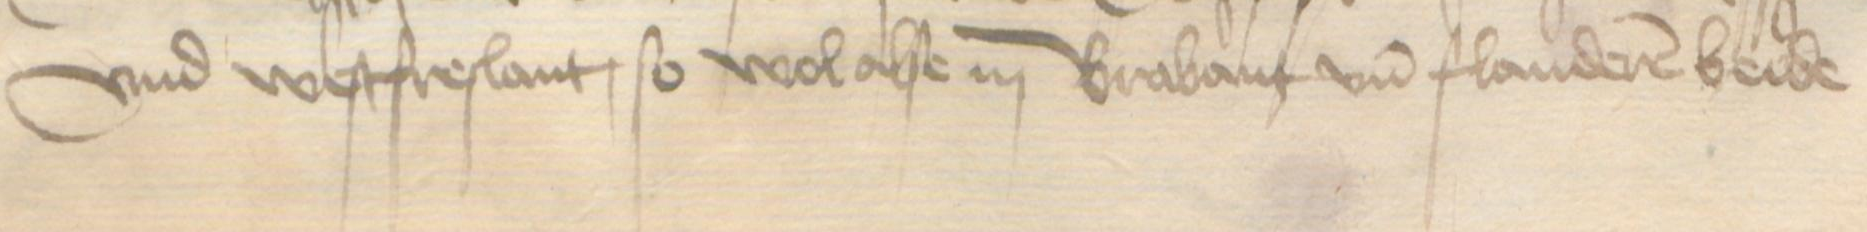
vnd Westfreslant, so wol alse in Brabant und Flanderen beide